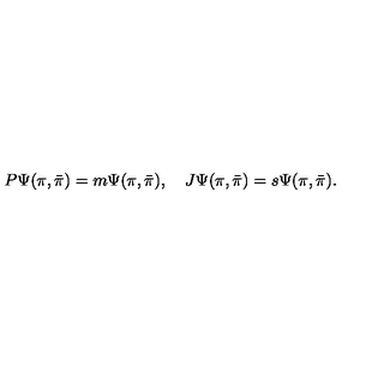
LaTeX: P \Psi ( \pi , { \bar { \pi } } ) = m \Psi ( \pi , { \bar { \pi } } ) , \quad { J } \Psi ( \pi , { \bar { \pi } } ) = s \Psi ( \pi , { \bar { \pi } } ) .